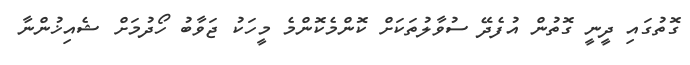
ގޮތުގައި ދީނީ ގޮތުން އުފެދޭ ސުވާލުތަކަށް ކޮންމެކޮންމެ މީހަކު ޖަވާބު ހޯދުމަށް ޝެއިޚުންނާ